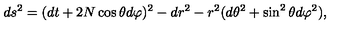
d s ^ { 2 } = ( d t + 2 N \cos \theta d \varphi ) ^ { 2 } - d r ^ { 2 } - r ^ { 2 } ( d \theta ^ { 2 } + \sin ^ { 2 } \theta d \varphi ^ { 2 } ) ,